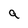
Character: q